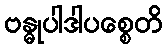
ဗန္ဓုပါဒါပစ္စေတိ